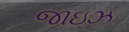
જાઇઝ